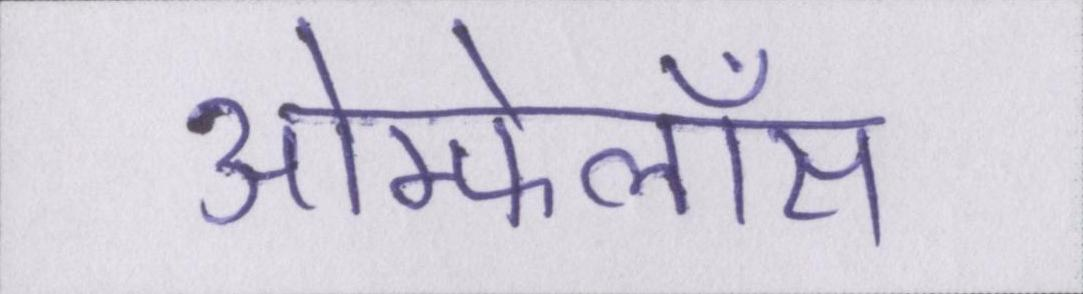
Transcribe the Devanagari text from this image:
ओम्फेलॉस